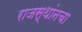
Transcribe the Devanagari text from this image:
राजस्थांनचा